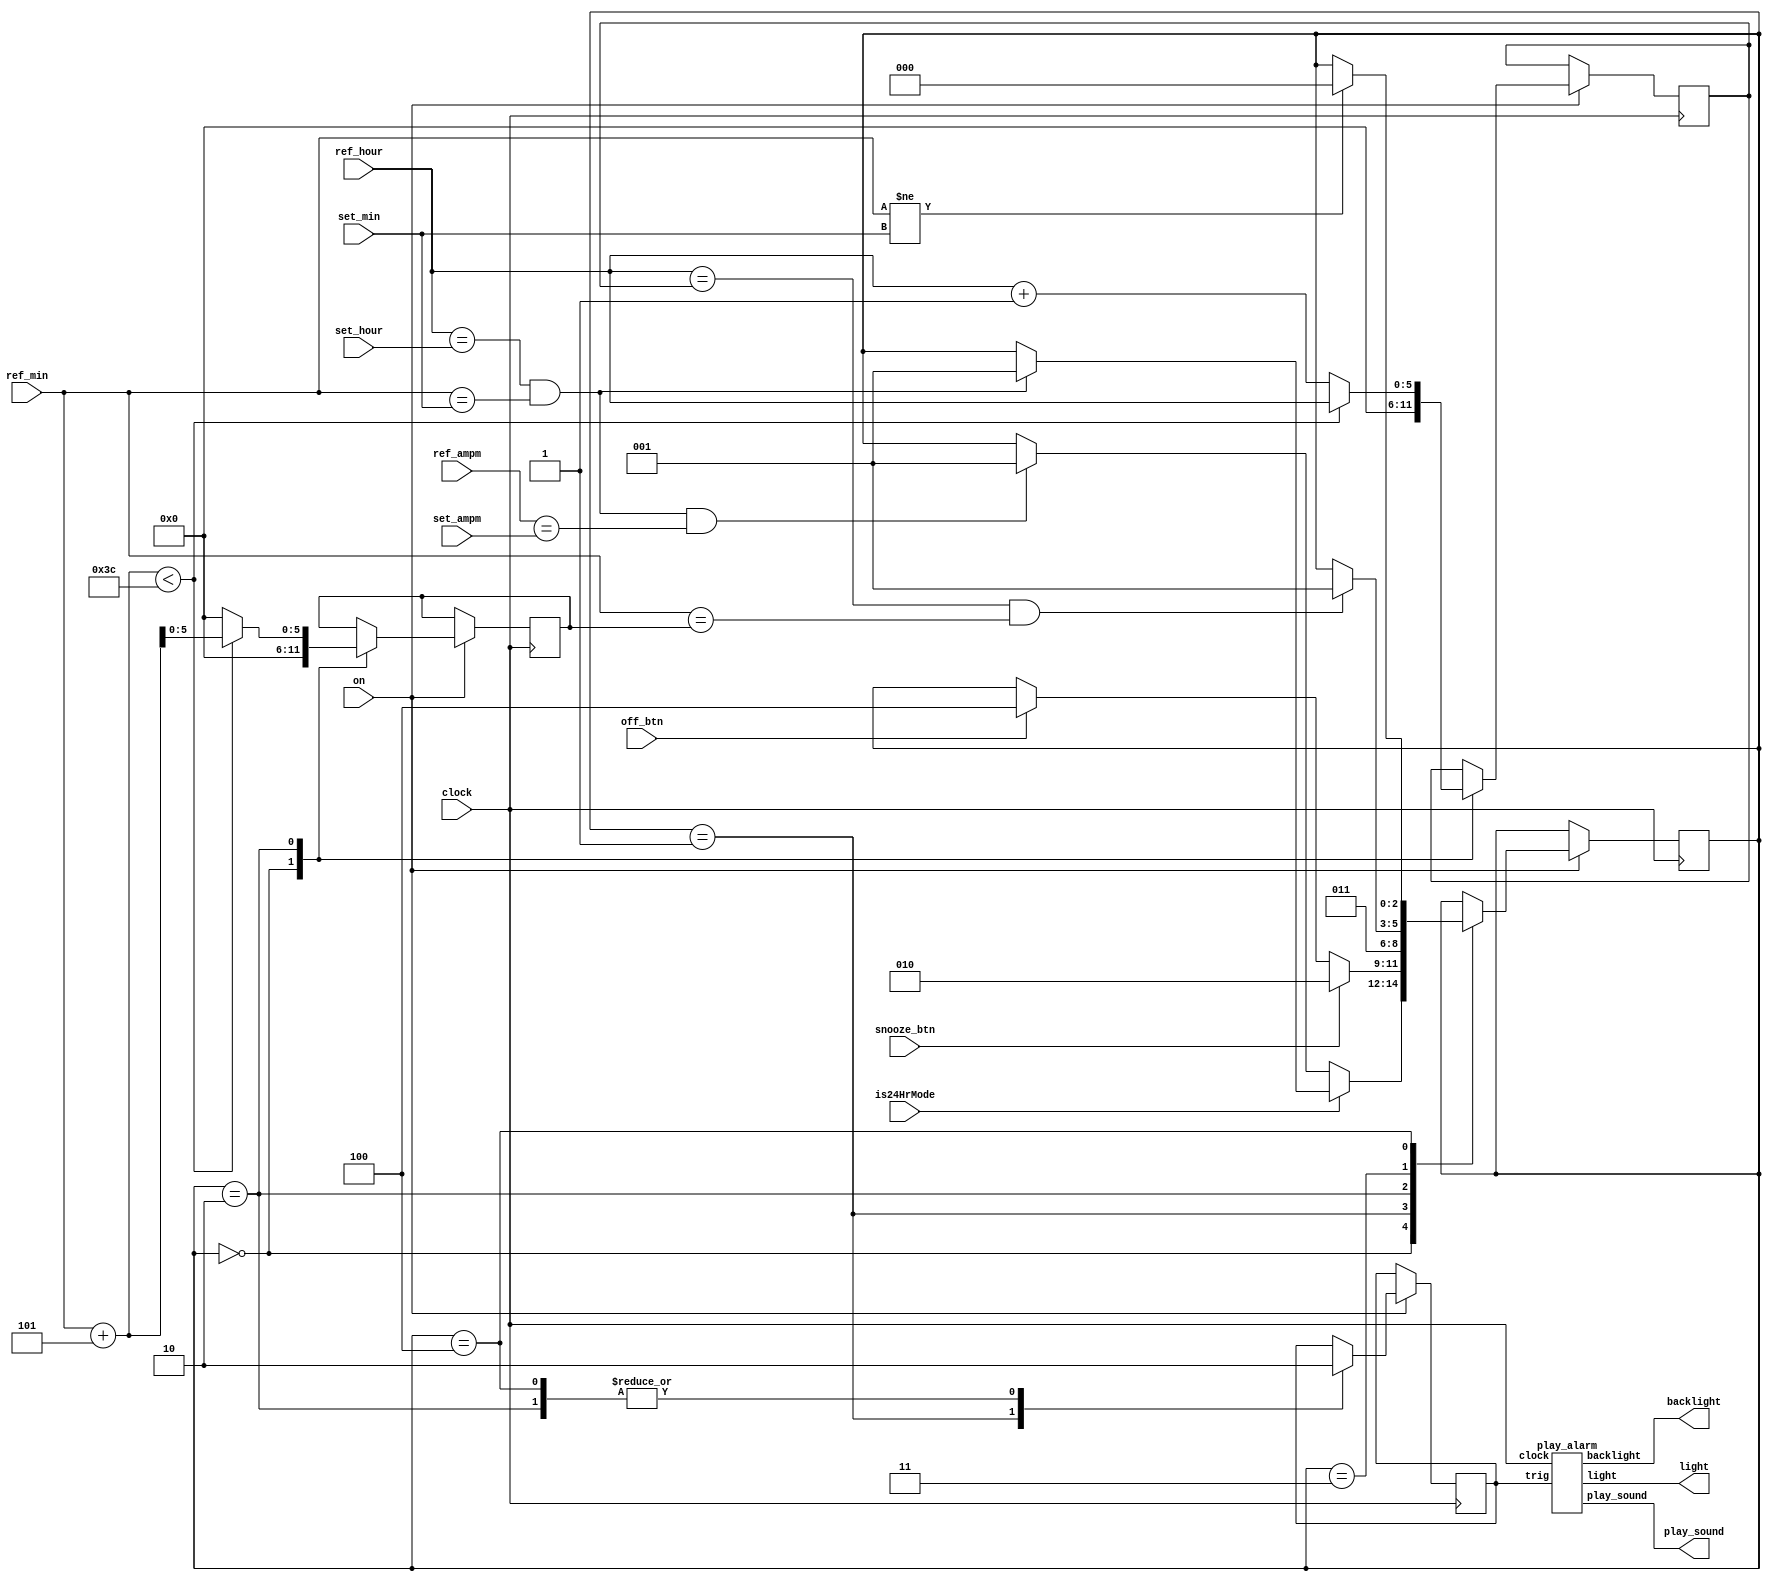
`timescale 1ns / 1ps

//  alarm_control module
//  ->compares alarm time to the current time, if matches, will trigger play module
//  ->the alarm can be snoozed, then it will activate again in 5 minutes

module alarm_control(
    input clock, on, is24HrMode,
    input [5:0] ref_hour, ref_min, set_hour, set_min,
    input ref_ampm, set_ampm,
    input off_btn, snooze_btn,
    output play_sound, light, backlight
    );
    
    reg [5:0] snooze_min = 0;
    reg [5:0] snooze_hour = 0;
    reg [2:0] stage = 0;
    reg alarm_trig = 0;
    
    //connects to play module
    play_alarm play(.clock(clock), .trig(alarm_trig), .play_sound(play_sound), .light(light), .backlight(backlight));
    
    //change state
    always@(posedge clock)
    begin
        //check if the alarm is set
        if(on)
        begin
            case(stage)
                3'b000: begin               //idle
                    
                    //check if current time matches set time
                    //24 hours mode
                    if(is24HrMode)
                    begin
                        if(ref_hour == set_hour && ref_min == set_min) stage <= 3'b001;
                    end
                    
                    //12 hours mode
                    else
                    begin
                        if(ref_hour == set_hour && ref_min == set_min && ref_ampm == set_ampm) stage <= 3'b001;
                    end
                end
                3'b001: begin               //alarm
                    if(snooze_btn) stage <= 3'b010;     //snooze
                    else if(off_btn) stage <= 3'b100;   //off
                end
                3'b010: stage <= 3'b011;    //set snooze time
                3'b011: begin               //snooze
                    if(ref_hour == snooze_hour && ref_min == snooze_min) stage <= 3'b001;
                end
                3'b100: begin               //returning to idle
                    if(ref_min != set_min) stage <= 3'b000;     //prevents re-triggering
                end
            endcase
        end
    end
    
    //output from state machine
    always@(posedge clock)
    begin
        //check if the alarm is set
        if(on)
        begin
            case(stage)
                3'b000: begin           //idle
                    snooze_hour <= 0;   //reset snooze time       
                    snooze_min <= 0;
                end
                3'b001: begin           //alarm
                    alarm_trig <= 1;    //set alarm flag
                end
                3'b010: begin           //set snooze time
                    if(ref_min + 5 < 60)            //snooze time doesn't overflow 
                    begin
                        snooze_min = ref_min + 5;
                        snooze_hour = ref_hour;
                    end
                    
                    else    //snooze time is overflowing to the next hour
                    begin
                        snooze_min = 0;
                        snooze_hour = ref_hour + 1;
                    end
                    
                    alarm_trig <= 0;    //reset alarm flag
                end
                3'b100:begin            //returning to idle
                    alarm_trig <= 0;    //reset alarm flag
                end
            endcase
        end
    end
endmodule

//  play_alarm module
//  ->when triggered, will send a pulse to alarm light, display backlight, and voice IC

module play_alarm(
    input clock, trig,
    output reg play_sound, light, backlight
);
    reg stage = 0;
    
    always@(posedge clock)
    begin
        //trigger is on
        if(trig)
        begin
            if(stage == 0)
            begin
                stage <= 1;
                play_sound = 1;
                light = 1;
                backlight = 1;
            end
            
            else
            begin
                stage <= 0;
                play_sound = 0;
                light = 0;
                backlight = 0;
            end
        end
        
        //trigger is off
        else
        begin
            stage <= 0;
            play_sound = 0;
            light = 0;
            backlight = 1;   
        end
    end
endmodule